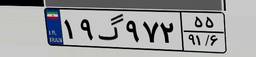
۲۴گ۴۷۳۱۰